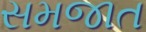
સમજાત